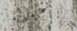
بالأسبانية